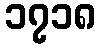
၁၇၁၈